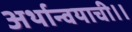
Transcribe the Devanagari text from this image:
अर्थान्वयाची।।